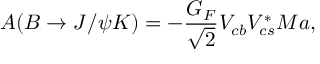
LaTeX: A ( B \rightarrow J / \psi K ) = - \frac { G _ { F } } { \sqrt { 2 } } V _ { c b } V _ { c s } ^ { \ast } M a ,